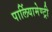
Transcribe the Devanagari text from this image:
पार्लियामेण्ट्री